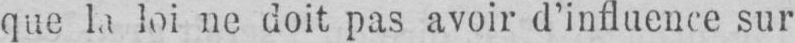
que la loi ne doit pas avoir d’influence sur